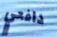
دافعي